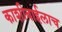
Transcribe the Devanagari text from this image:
काशीबाईलाच